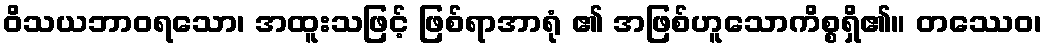
ဝိသယဘာဝရသော၊ အထူးသဖြင့် ဖြစ်ရာအာရုံ ၏ အဖြစ်ဟူသောကိစ္စရှိ၏။ တဿေဝ၊